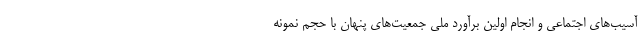
آسیب‌های اجتماعی و انجام اولین برآورد ملی جمعیت‌های پنهان با حجم نمونه